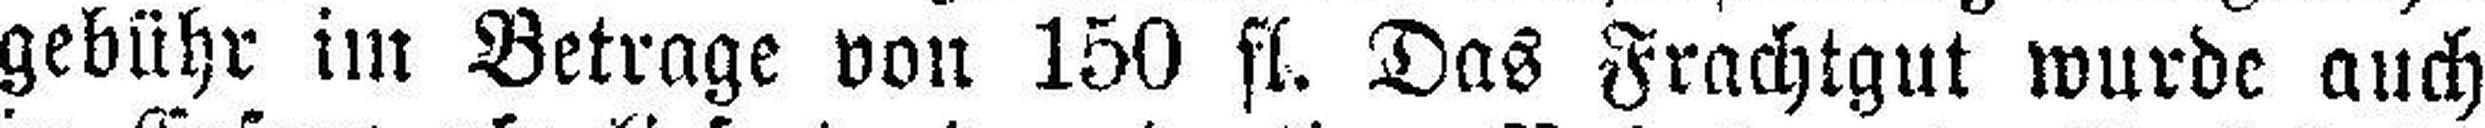
gebühr im Betrage von 150 fl. Das Frachtgut wurde auch